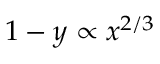
1 - y \propto x ^ { 2 / 3 }